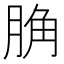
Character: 𦛲